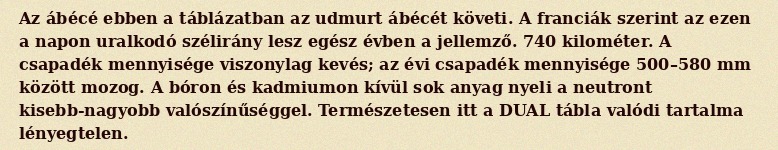
Az ábécé ebben a táblázatban az udmurt ábécét követi. A franciák szerint az ezen a napon uralkodó szélirány lesz egész évben a jellemző. 740 kilométer. A csapadék mennyisége viszonylag kevés; az évi csapadék mennyisége 500–580 mm között mozog. A bóron és kadmiumon kívül sok anyag nyeli a neutront kisebb-nagyobb valószínűséggel. Természetesen itt a DUAL tábla valódi tartalma lényegtelen.